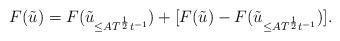
LaTeX: \begin{align*}F(\tilde u) = F(\tilde u_{\leq A T^{\frac12}t^{-1}}) + [F(\tilde u)-F(\tilde u_{\leq A T^{\frac12}t^{-1}})].\end{align*}